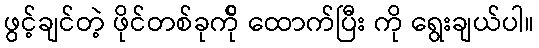
ဖွင့်ချင်တဲ့ ဖိုင်တစ်ခုက်ို ထောက်ပြီး ကို ရွေးချယ်ပါ။